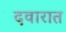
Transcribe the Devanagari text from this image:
दवारात